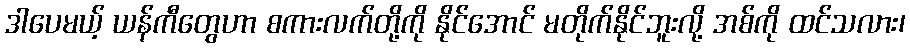
ဒါပေမယ့် ယန်ကီတွေဟာ စကားလက်တို့ကို နိုင်အောင် မတိုက်နိုင်ဘူးလို့ အစ်ကို ထင်သလား၊